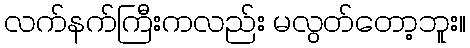
လက်နက်ကြီးကလည်း မလွတ်တော့ဘူး။